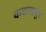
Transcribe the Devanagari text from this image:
कवलापूर